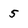
Character: 5